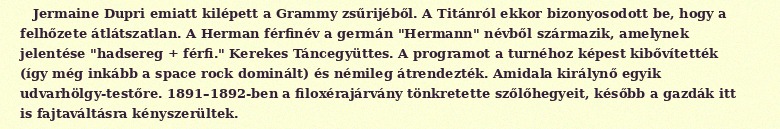
Jermaine Dupri emiatt kilépett a Grammy zsűrijéből. A Titánról ekkor bizonyosodott be, hogy a felhőzete átlátszatlan. A Herman férfinév a germán "Hermann" névből származik, amelynek jelentése "hadsereg + férfi." Kerekes Táncegyüttes. A programot a turnéhoz képest kibővítették (így még inkább a space rock dominált) és némileg átrendezték. Amidala királynő egyik udvarhölgy-testőre. 1891–1892-ben a filoxérajárvány tönkretette szőlőhegyeit, később a gazdák itt is fajtaváltásra kényszerültek.